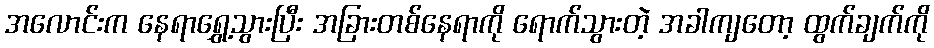
အလောင်းက နေရာရွှေ့သွားပြီး အခြားတစ်နေရာကို ရောက်သွားတဲ့ အခါကျတော့ ထွက်ချက်ကို